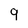
Character: 9